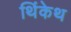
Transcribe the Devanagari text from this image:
थिंकेथ